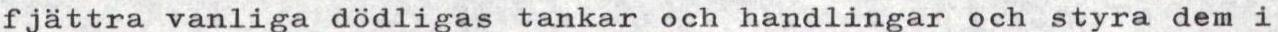
fjättra vanliga dödligas tankar och handlingar och styra dem i